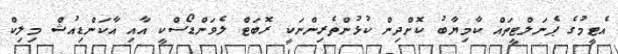
އެޓީމުގެ ޕެނަލްޓީތައް ކާމިޔާބު ކޮށްދިން ކުޅުންތެރިންނަކީ ރޮބަޓް ލެވަންޑޯސްކީ އާއި އާކަންޑިއުޝް މިލިކް